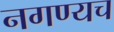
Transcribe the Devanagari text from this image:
नगण्यच